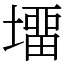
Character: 㙧